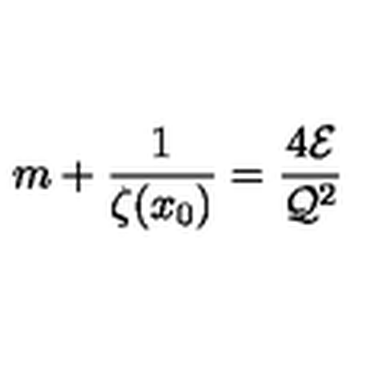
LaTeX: m + \frac { 1 } { \zeta ( x _ { 0 } ) } = \frac { 4 { \cal E } } { { \cal Q } ^ { 2 } }